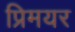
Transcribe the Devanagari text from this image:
प्रिमयर